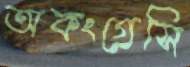
অকংগ্রেসি